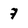
Character: 7